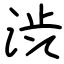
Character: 渋